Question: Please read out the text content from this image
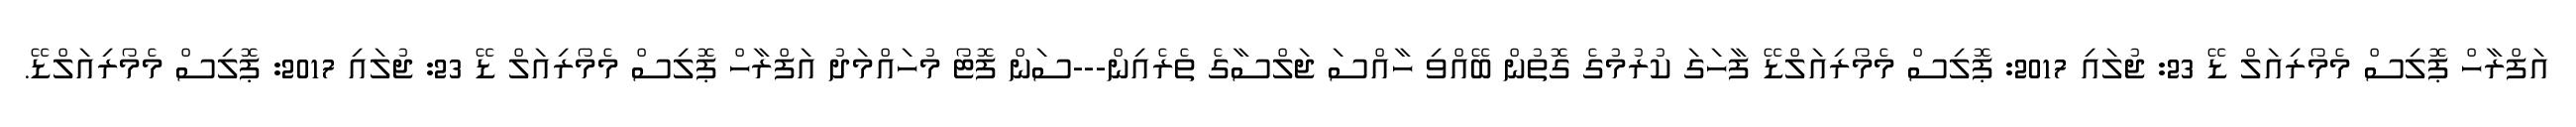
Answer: އަފްރާހް ޕޮލިސް މެމޯރިއަލް ޑޭ 23: ޖުލައި 2017: ޕޮލިސް މެމޯރިއަލްޑޭ ފާހަގަ ކުރުމުގެ ގޮތުން ބޭއްވި ހާއްސަ ޖަލްސާގެ ތެރެއިން---ސަން ފޮޓޯ މުހައްމަދު އަފްރާހް ޕޮލިސް މެމޯރިއަލް ޑޭ 23: ޖުލައި 2017: ޕޮލިސް މެމޯރިއަލްޑޭ.